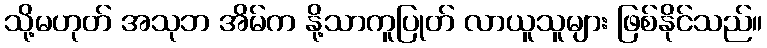
သို့မဟုတ် အသုဘ အိမ်က နို့သာကူပြုတ် လာယူသူများ ဖြစ်နိုင်သည်။